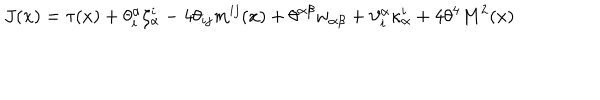
LaTeX: J ( x ) = \tau ( x ) + \theta _ { i } ^ { \alpha } \zeta _ { \alpha } ^ { i } - 4 \theta _ { i j } m ^ { i j } ( x ) + \theta ^ { \alpha \beta } w _ { \alpha \beta } + \vartheta _ { i } ^ { \alpha } \kappa _ { \alpha } ^ { i } + 4 \theta ^ { 4 } M ^ { 2 } ( x )